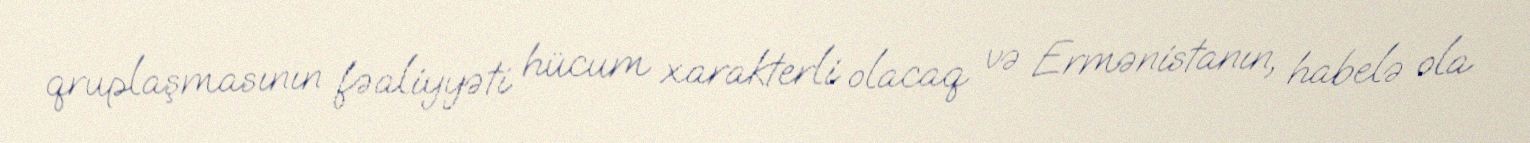
qruplaşmasının fəaliyyəti hücum xarakterli olacaq və Ermənistanın, habelə ola